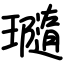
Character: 瓍